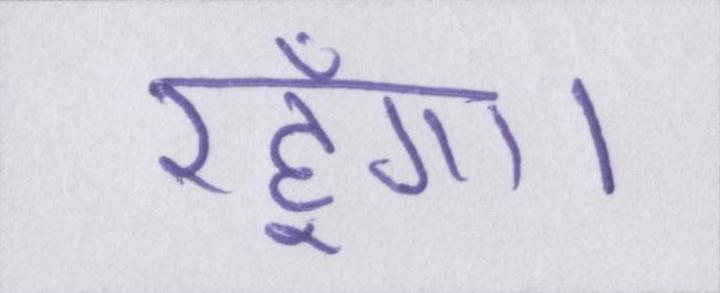
रहूँगा।